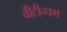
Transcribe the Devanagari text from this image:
वीटीन्घम